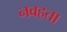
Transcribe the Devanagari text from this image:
नवहता